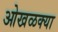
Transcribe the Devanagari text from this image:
ओखळक्या